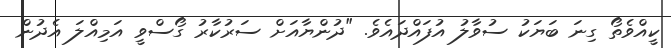
ކީއްވެތޯ ގިނަ ބަޔަކު ސުވާލު އުފައްދައެވެ. "ދުންޔާއަށް ސަރުކާރު ގޯސްވީ އަމިއްލަ އެދުން